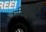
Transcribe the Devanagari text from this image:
परिमापकों